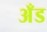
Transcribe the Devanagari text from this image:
अँड